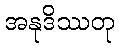
အနုဒိဿတု